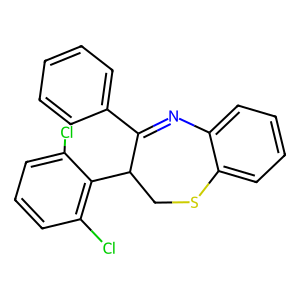
SMILES: Clc1cccc(Cl)c1C1CSc2ccccc2N=C1c1ccccc1
Inhibits HIV replication: No